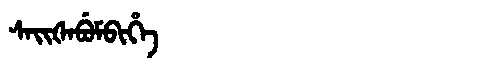
Manchu: ᠰᠠᡳᡧᠠᠪᡠᠮᠪᡳᡥᡝ
Romanization: SAIŠABUMBIHE